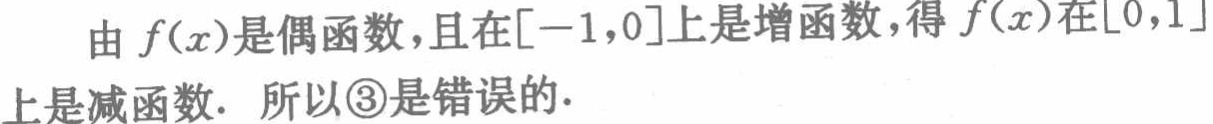
由\(f(x)\)是偶函数，且在\([-1,0]\)上是增函数，得\(f(x)\)在\([0,1]\)上是减函数. 所以\textcircled{3}是错误的.